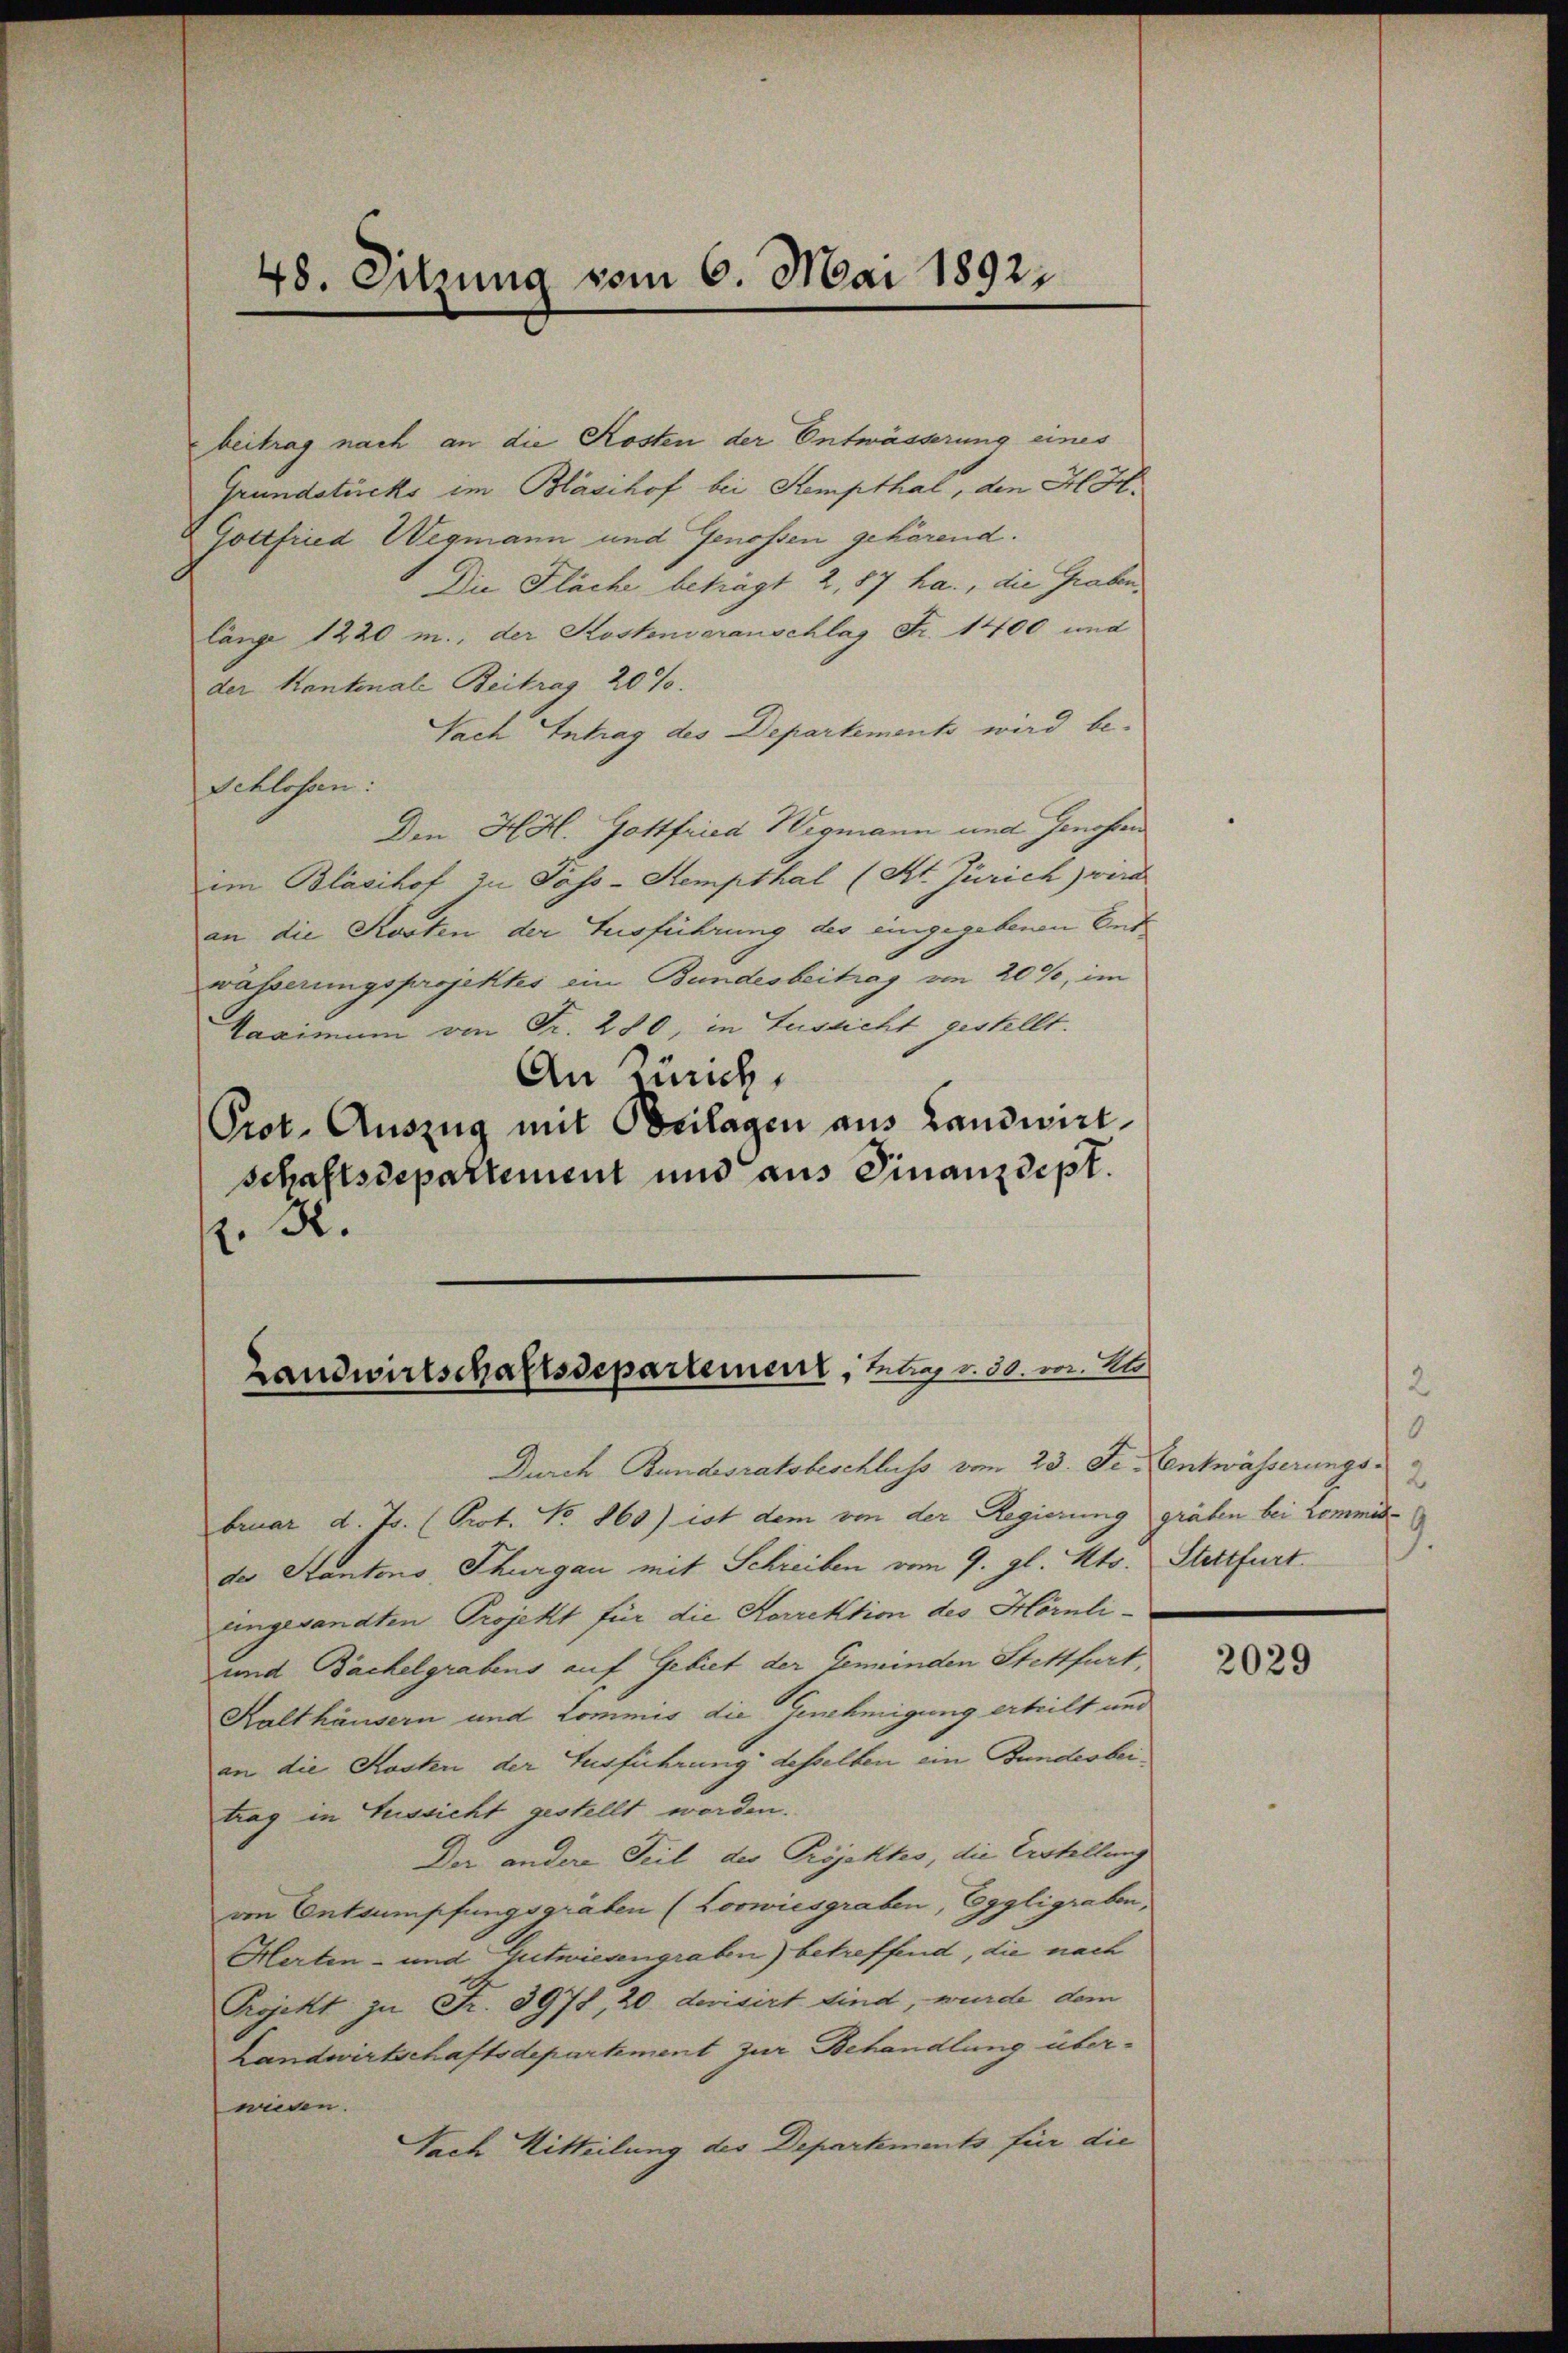
48. Sitzung vom 6. Mai 18921

beitrag nach an die Kosten der Entwässerung eines
Grundstücks im Blasihof bei Stempthal, den H. H.
Gottfried Wegmann und Genossen gehörend.
Die Fläche beträgt 2, 87 ha., die Graben
länge 1220 m., der Kostenveranschlag Fr. 1400 und
der Kantonale Beitrag 20%.
Nach Intrag des Departements wird be-
Schlossen:
Den Höl. Gottfried Wegmann und Genossen
im Blasihof zu Pass-Stempthal (Kt. Zürich) wird
an die Kosten der Ausführung des eingegebenen Endwässerungsprojektes ein Bundesbeitrag von 20%, im
Taximum von Fr. 280, in Aussicht gestellt.
An Zürich
Prot. Auszug mit Beilagen aus Landwirt
schaftsdepartement und aus Finanzdept.
. R.

Landwirtschaftsdepartement, Herr v. 30. v. E

Durch Bundesratsbeschluss vom 23. Je Centwässerungs
bruar d. Js. (Prot. No 860) ist dem von der Regierung gräben bei Lommisder Stantons Thurgau mit Schreiben vom 9. gl. Mts. Stettfurt.
eingesandten Projekt für die Korrektion des Hörnli¬
und Bächelgrabens auf Gebiet der Gemeinden Stettfurt,
Kalthäusern und Commis die Genehmigung erteilt und
an die Kosten der Ausführung desselben ein Bundesbeitrag in Aussicht gestellt worden.
Der andere Teil der Projektes, die Erstellung
von Entsumpfungsgräben (Lorwiesgraben, Eggligraben,
Herten- und Gutwiesengraben) betreffend, die nach
Projekt zu Fr. 3978, 20 derisirt sind, wurde dem
Landwirtschaftsdepartement zur Behandlung überwieden.
Nach Mitteilung des Departements für die

8
9.

2029